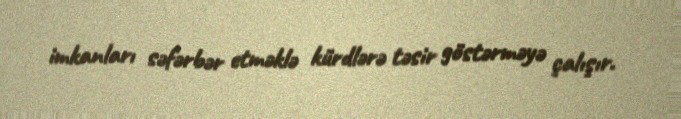
imkanları səfərbər etməklə kürdlərə təsir göstərməyə çalışır.